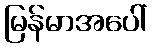
မြန်မာအပေါ်